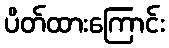
ပိတ်ထားကြောင်း